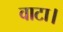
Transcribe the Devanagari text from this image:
वाटा।